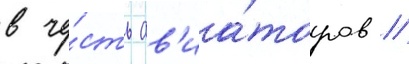
в че́сть ав'иа́торов /